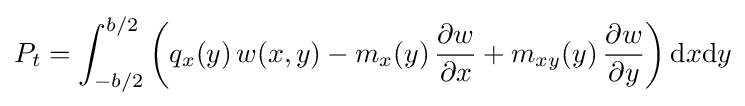
P_{t}=\int _{-b/2}^{b/2}\left(q_{x}(y)\,w(x,y)-m_{x}(y)\,{\frac {\partial w}{\partial x}}+m_{xy}(y)\,{\frac {\partial w}{\partial y}}\right){\text{d}}x{\text{d}}y